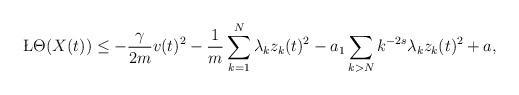
LaTeX: \begin{align*} \begin{aligned}\L \Theta(X(t))&\leq -\frac{\gamma}{2m}v(t)^2-\frac{1}{m}\sum_{k=1}^N\lambda_k z_k(t)^2-a_1 \sum_{k>N}k^{-2s}\lambda_kz_k(t)^2+a,\end{aligned}\end{align*}